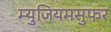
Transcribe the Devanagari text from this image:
म्युजियमसुफर